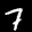
Label: 7